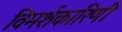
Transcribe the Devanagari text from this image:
विमर्शकारिणी